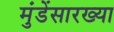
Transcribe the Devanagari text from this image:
मुंडेंसारख्या